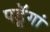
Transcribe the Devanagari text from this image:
पडॅ़ूगां